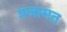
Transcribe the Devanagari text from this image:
प्रजामत